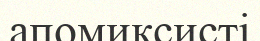
апомиксисті